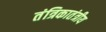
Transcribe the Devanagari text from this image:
तंत्रिकातंत्रीय